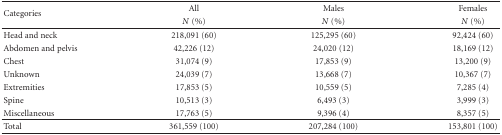
<table><thead><tr><td rowspan="2"><b>Categories</b></td><td><b>All</b></td><td><b>Males</b></td><td><b>Females</b></td></tr><tr><td><b><i>N</i> (%)</b></td><td><b><i>N</i> (%)</b></td><td><b><i>N</i> (%)</b></td></tr></thead><tbody><tr><td>Head and neck</td><td>218,091 (60)</td><td>125,295 (60)</td><td>92,424 (60)</td></tr><tr><td>Abdomen and pelvis</td><td>42,226 (12)</td><td>24,020 (12)</td><td>18,169 (12)</td></tr><tr><td>Chest</td><td>31,074 (9)</td><td>17,853 (9)</td><td>13,200 (9)</td></tr><tr><td>Unknown</td><td>24,039 (7)</td><td>13,668 (7)</td><td>10,367 (7)</td></tr><tr><td>Extremities</td><td>17,853 (5)</td><td>10,559 (5)</td><td>7,285 (4)</td></tr><tr><td>Spine</td><td>10,513 (3)</td><td>6,493 (3)</td><td>3,999 (3)</td></tr><tr><td>Miscellaneous</td><td>17,763 (5)</td><td>9,396 (4)</td><td>8,357 (5) </td></tr><tr><td>Total</td><td>361,559 (100)</td><td>207,284 (100)</td><td>153,801 (100)</td></tr></tbody></table>